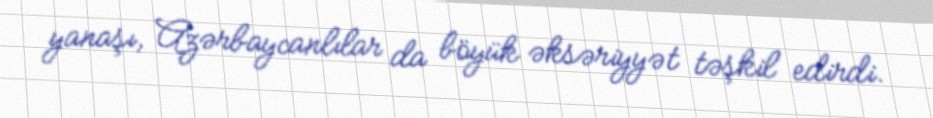
yanaşı, Azərbaycanlılar da böyük əksəriyyət təşkil edirdi.